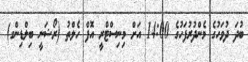
ބުދަ ދުވަހުގެ މެންދުރުފަހުގެ 14:00 އަށް މިނިސްޓްރީ އޮފް ހެލްތު (ރޯޝަނީ ބިލްޑިންގ)